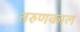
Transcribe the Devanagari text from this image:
तरुणकाल